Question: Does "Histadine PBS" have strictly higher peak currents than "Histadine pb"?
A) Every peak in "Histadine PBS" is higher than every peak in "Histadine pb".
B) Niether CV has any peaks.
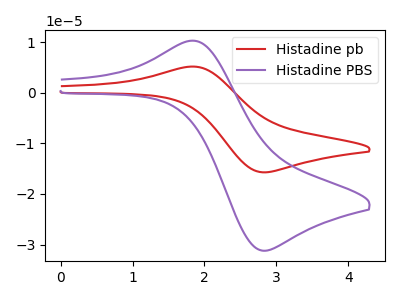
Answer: <think>The red curve "Histadine pb" has an anodic peak at (1.85V, 5.15uA) and a cathodic peak at (2.80V, -15.70uA). The purple curve "Histadine PBS" has an anodic peak at (1.85V, 10.25uA) and a cathodic peak at (2.80V, -31.20uA).</think>
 <answer>A) Every peak in "Histadine PBS" is higher than every peak in "Histadine pb".</answer>
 <eval>A</eval>